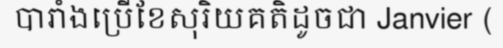
បារាំងប្រើខែសុរិយគតិដូចជា Janvier (